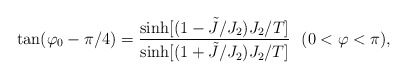
\begin{align*}\tan (\varphi_0-\pi /4)={\sinh [(1-\tilde J/J_2)J_2/T]\over \sinh [(1+\tilde J/J_2)J_2/T]} \ \ (0<\varphi <\pi),\end{align*}